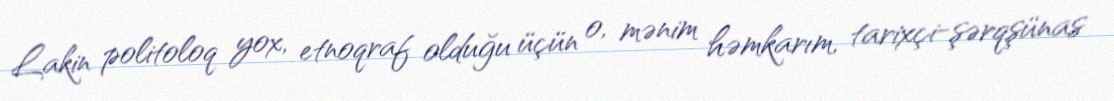
Lakin politoloq yox, etnoqraf olduğu üçün o, mənim həmkarım, tarixçi-şərqşünas